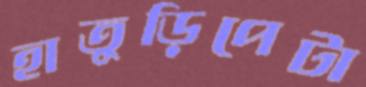
হাতুড়িপেটা